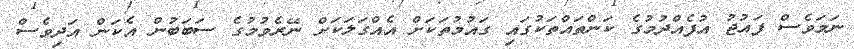
ނަމަވެސް ފައުޖު އުފެއްދުމުގެ ކަންތައްތަކުގައި ގައުމުތަކަށް އެއްގަލަކަށް ނޭރެވުމުގެ ސަބަބުން އެކަން އަދިވެސް